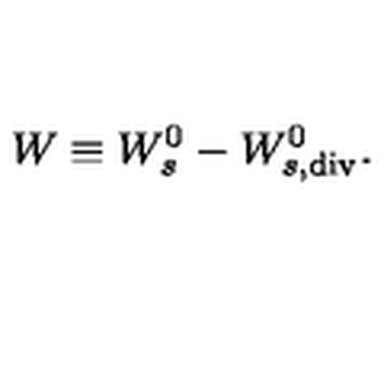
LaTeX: W \equiv W _ { s } ^ { 0 } - W _ { s , \tiny { \mathrm { d i v } } } ^ { 0 } .